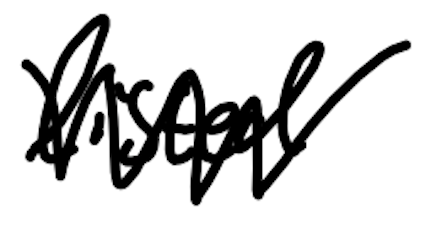
Text: listed
Cross-out: mix
Writing tool: digital_black